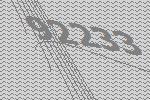
92233